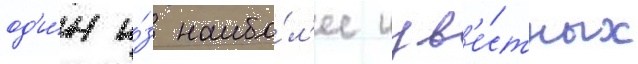
од'и́н и́з наибо́л'ее изв'е́стных